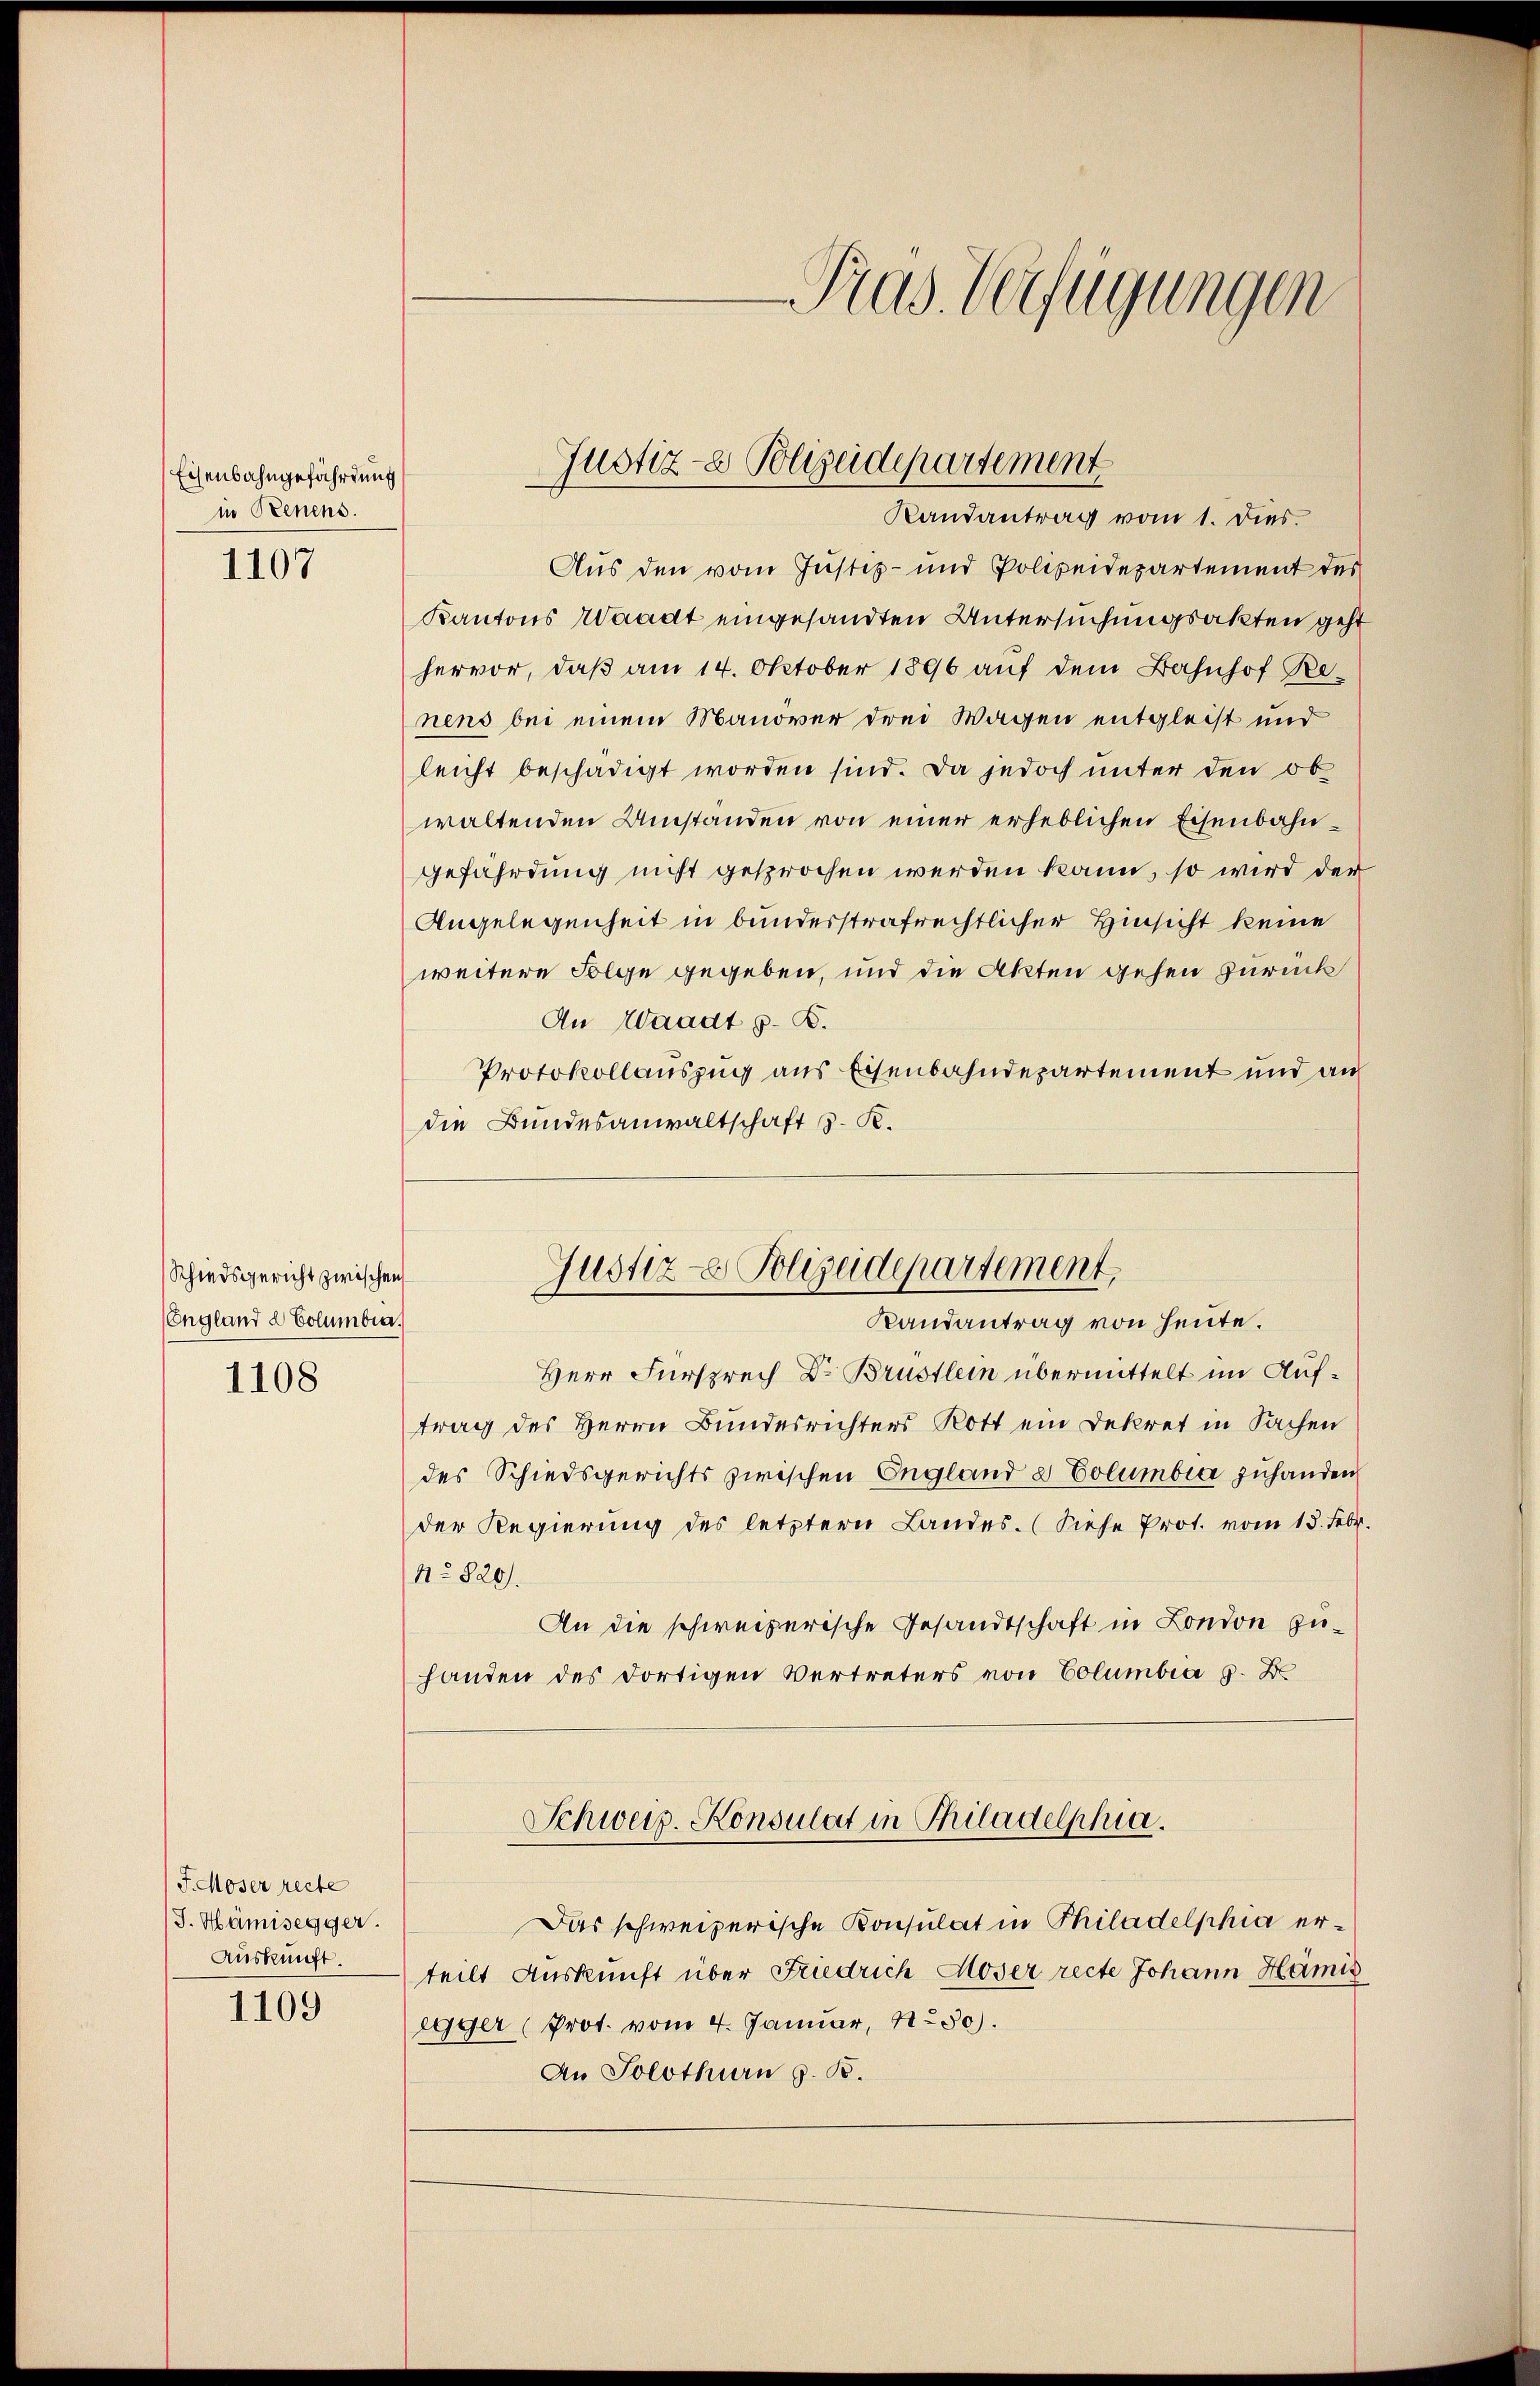
Eisenbahngefährdung
in Benens.

1107

Schiedsgericht zwischen
England d Columbiar.

1108

J. Moser recte
/J. Hämisegger.
Auskunft.

1109

Pras Verfügungen

Randantrag vom 1. Dies
Aus den vom Justiz- und Polizeidepartement des
Kantons Waadt eingesandten Untersuchungsakten geht
hervor, daß am 14. Oktober 1896 auf dem Bahnhof Renens bei einem Manöver drei Wagen entgleist und
leicht beschädigt worden sind. Da jedoch unter den ob
waltenden Umständen von einer erheblichen Eisenbahngefährdung nicht gesprochen werden kann, so wird der
Angelegenheit in bunderstrafrechtlicher Hinsicht keine
weitere Folge gegeben, und die Akten gehen zurück
An Waadt z. B.
Protokollauszug aus Eisenbahndepartement und au
die Bundesanwaltschaft z. K.

Justiz- & Polizeidepartement

Justiz- Polizeidepartement.

Randantrag von heute.
Herr Fürsprech Dr. Brustlein übermittelt im Auftrag des Herrn Bundesrichters Rott ein Dekret in Sachen
des Schiedsgerichts zwischen England a Columbia zuhanden
der Regierung des letztern Landes. (Siehe Prot. vom 15. Febr.
No 820.
An die schweizerische Gesandtschaft in London zuhanden des dortigen Vertreters von Columbia 8. D
Schweiz. Konsulat in Philadelphia

teilt Auskunft über Friedrich Moser recte Johann Hämis
egger (Prot. vom 4. Januar, 1550).
An Solothurn z. B.

Das schweizerische Konsulat in Philadelphia er¬